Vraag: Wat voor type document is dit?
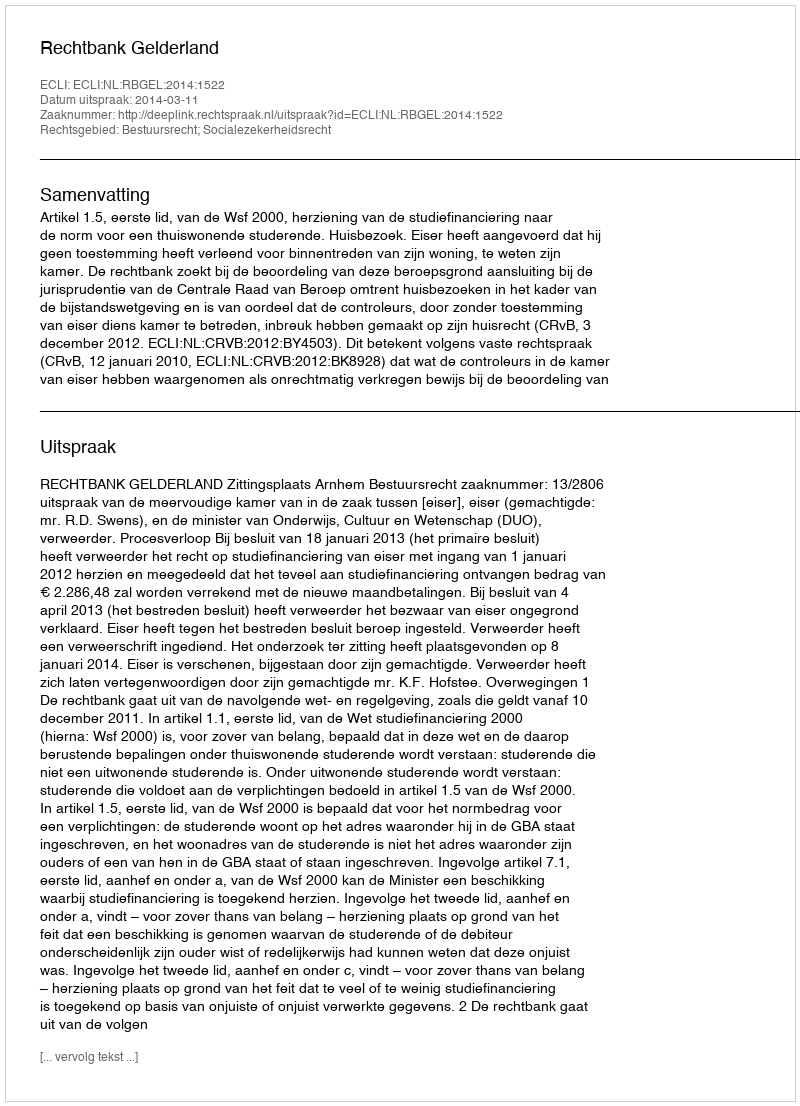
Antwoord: Uitspraak